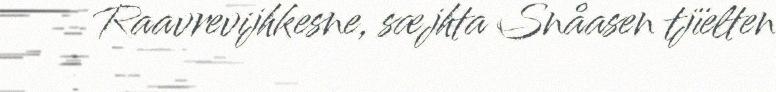
Raavrevijhkesne, sæjhta Snåasen tjïelten